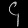
Digit: ၄